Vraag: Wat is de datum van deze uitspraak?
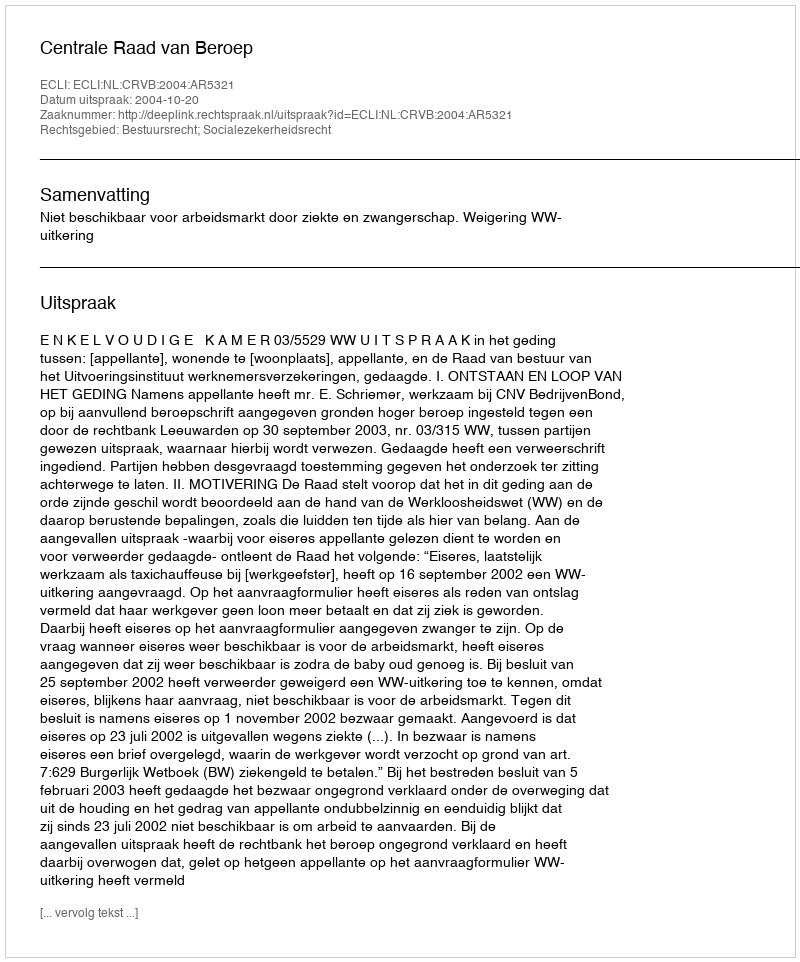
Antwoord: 2004-10-20